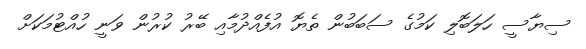
ސިޔާސީ ހަލަބޮލި ކަމުގެ ސަބަބުން ތެޔޮ އުފެއްދުމާއި ބޭރު ކުރުން ވަނީ ހުއްޓުމަކަށް